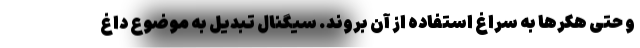
و حتی هکرها به سراغ استفاده از آن بروند. سیگنال تبدیل به موضوع داغ